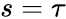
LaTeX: s=\tau